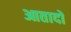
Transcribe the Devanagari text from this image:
आतादों